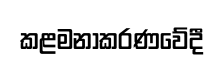
කළමනාකරණවේදී